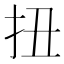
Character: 扭